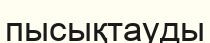
пысықтауды